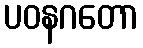
ပဝနဂတော